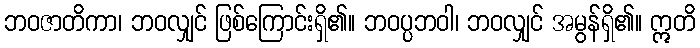
ဘဝဇာတိကာ၊ ဘဝလျှင် ဖြစ်ကြောင်းရှိ၏။ ဘဝပ္ပဘဝါ၊ ဘဝလျှင် အမွန်ရှိ၏။ ဣတိ